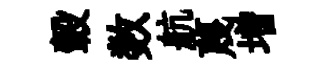
轂数航蔑増